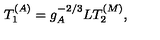
T _ { 1 } ^ { ( A ) } = g _ { A } ^ { - 2 / 3 } L T _ { 2 } ^ { ( M ) } ,